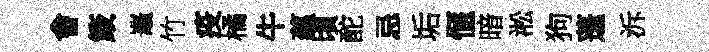
㑹箴鼉竹疫橘牛蘊頃酡忌垢愜暗淞狗蓬泝